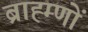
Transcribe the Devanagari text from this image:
ब्राह्म्णों